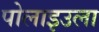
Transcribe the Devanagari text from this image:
पोलाइउला